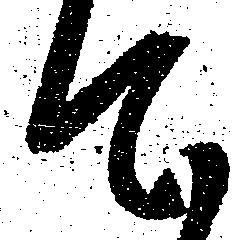
て